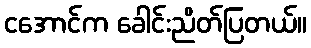
ငအောင်က ခေါင်းညိတ်ပြတယ်။